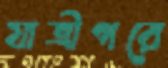
যাত্রীগরে